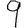
Digit: 9